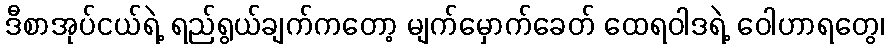
ဒီစာအုပ်ငယ်ရဲ့ ရည်ရွယ်ချက်ကတော့ မျက်မှောက်ခေတ် ထေရဝါဒရဲ့ ဝေါဟာရတွေ၊